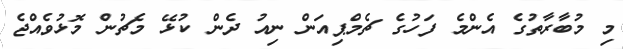
މި މުބާރާތުގެ އެންމެ ފަހުގެ ޗެމްޕިއަން ނިއު ދެން ކުޅޭ މެޗުން މޮޅުވެއްޖެ